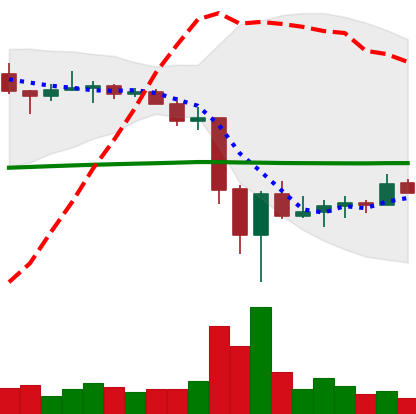
Ticker: TRX-USD
Chart end date: 2022-06-22
Forward return: 6.253%
Label: up_5_7